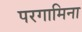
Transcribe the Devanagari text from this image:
परगामिना